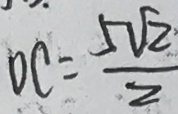
O C = \frac { 5 \sqrt { 2 } } { 2 }